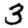
Digit: 3